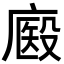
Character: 𢊘